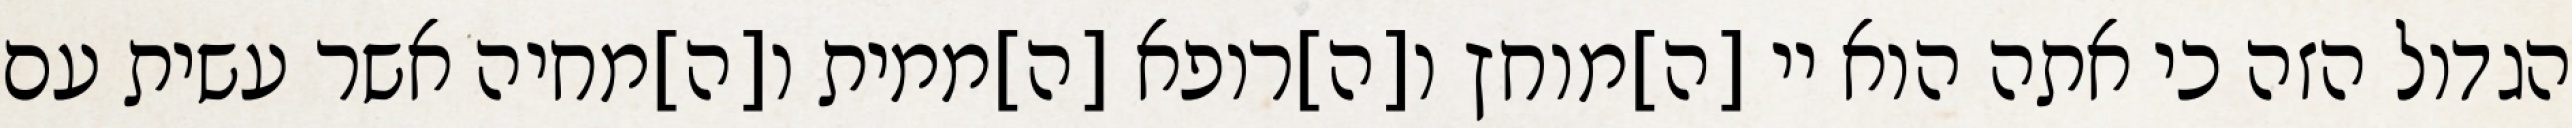
הגדול הזה כי אתה הוא יי [ה]מוחץ ו[ה]רופא [ה]ממית ו[ה]מחיה אשר עשית עם